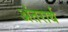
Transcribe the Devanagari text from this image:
अंतरार्थ